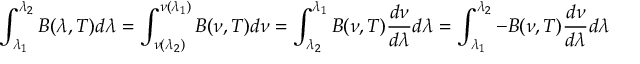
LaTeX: \int _ { \lambda _ { 1 } } ^ { \lambda _ { 2 } } B ( \lambda , T ) d \lambda = \int _ { \nu ( \lambda _ { 2 } ) } ^ { \nu ( \lambda _ { 1 } ) } B ( \nu , T ) d \nu = \int _ { \lambda _ { 2 } } ^ { \lambda _ { 1 } } B ( \nu , T ) { \frac { d \nu } { d \lambda } } d \lambda = \int _ { \lambda _ { 1 } } ^ { \lambda _ { 2 } } - B ( \nu , T ) { \frac { d \nu } { d \lambda } } d \lambda